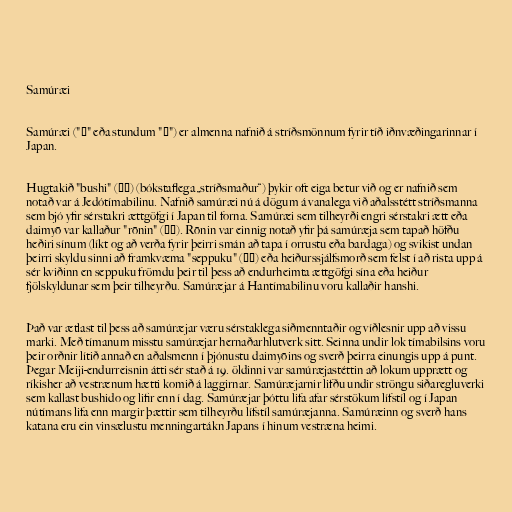
Samúræi

Samúræi ("侍" eða stundum "士") er almenna nafnið á stríðsmönnum fyrir tíð iðnvæðingarinnar í
Japan.

Hugtakið "bushi" (武士) (bókstaflega „stríðsmaður“) þykir oft eiga betur við og er nafnið sem
notað var á Jedótímabilinu. Nafnið samúræi nú á dögum á vanalega við aðalsstétt stríðsmanna
sem bjó yfir sérstakri ættgöfgi í Japan til forna. Samúræi sem tilheyrði engri sérstakri ætt eða
daimyō var kallaður "rōnin" (浪人). Rōnin var einnig notað yfir þá samúræja sem tapað höfðu
heðiri sínum (líkt og að verða fyrir þeirri smán að tapa í orrustu eða bardaga) og svikist undan
þeirri skyldu sinni að framkvæma "seppuku" (切腹) eða heiðurssjálfsmorð sem felst í að rista upp á
sér kviðinn en seppuku frömdu þeir til þess að endurheimta ættgöfgi sína eða heiður
fjölskyldunar sem þeir tilheyrðu. Samúræjar á Hantímabilinu voru kallaðir hanshi.

Það var ætlast til þess að samúræjar væru sérstaklega siðmenntaðir og víðlesnir upp að vissu
marki. Með tímanum misstu samúræjar hernaðarhlutverk sitt. Seinna undir lok tímabilsins voru
þeir orðnir lítið annað en aðalsmenn í þjónustu daimyōins og sverð þeirra einungis upp á punt.
Þegar Meiji-endurreisnin átti sér stað á 19. öldinni var samúræjastéttin að lokum upprætt og
ríkisher að vestrænum hætti komið á laggirnar. Samúræjarnir lifðu undir ströngu siðaregluverki
sem kallast bushido og lifir enn í dag. Samúræjar þóttu lifa afar sérstökum lífstíl og í Japan
nútímans lifa enn margir þættir sem tilheyrðu lífstíl samúræjanna. Samúræinn og sverð hans
katana eru ein vinsælustu menningartákn Japans í hinum vestræna heimi.